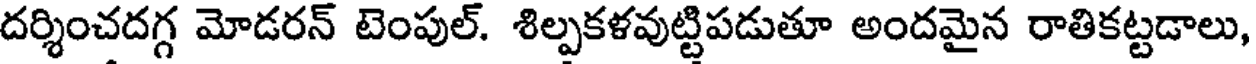
దర్శించదగ్గ మోడరన్ టెంపుల్. శిల్పకళవుట్టిపడుతూ అందమైన రాతికట్టడాలు,